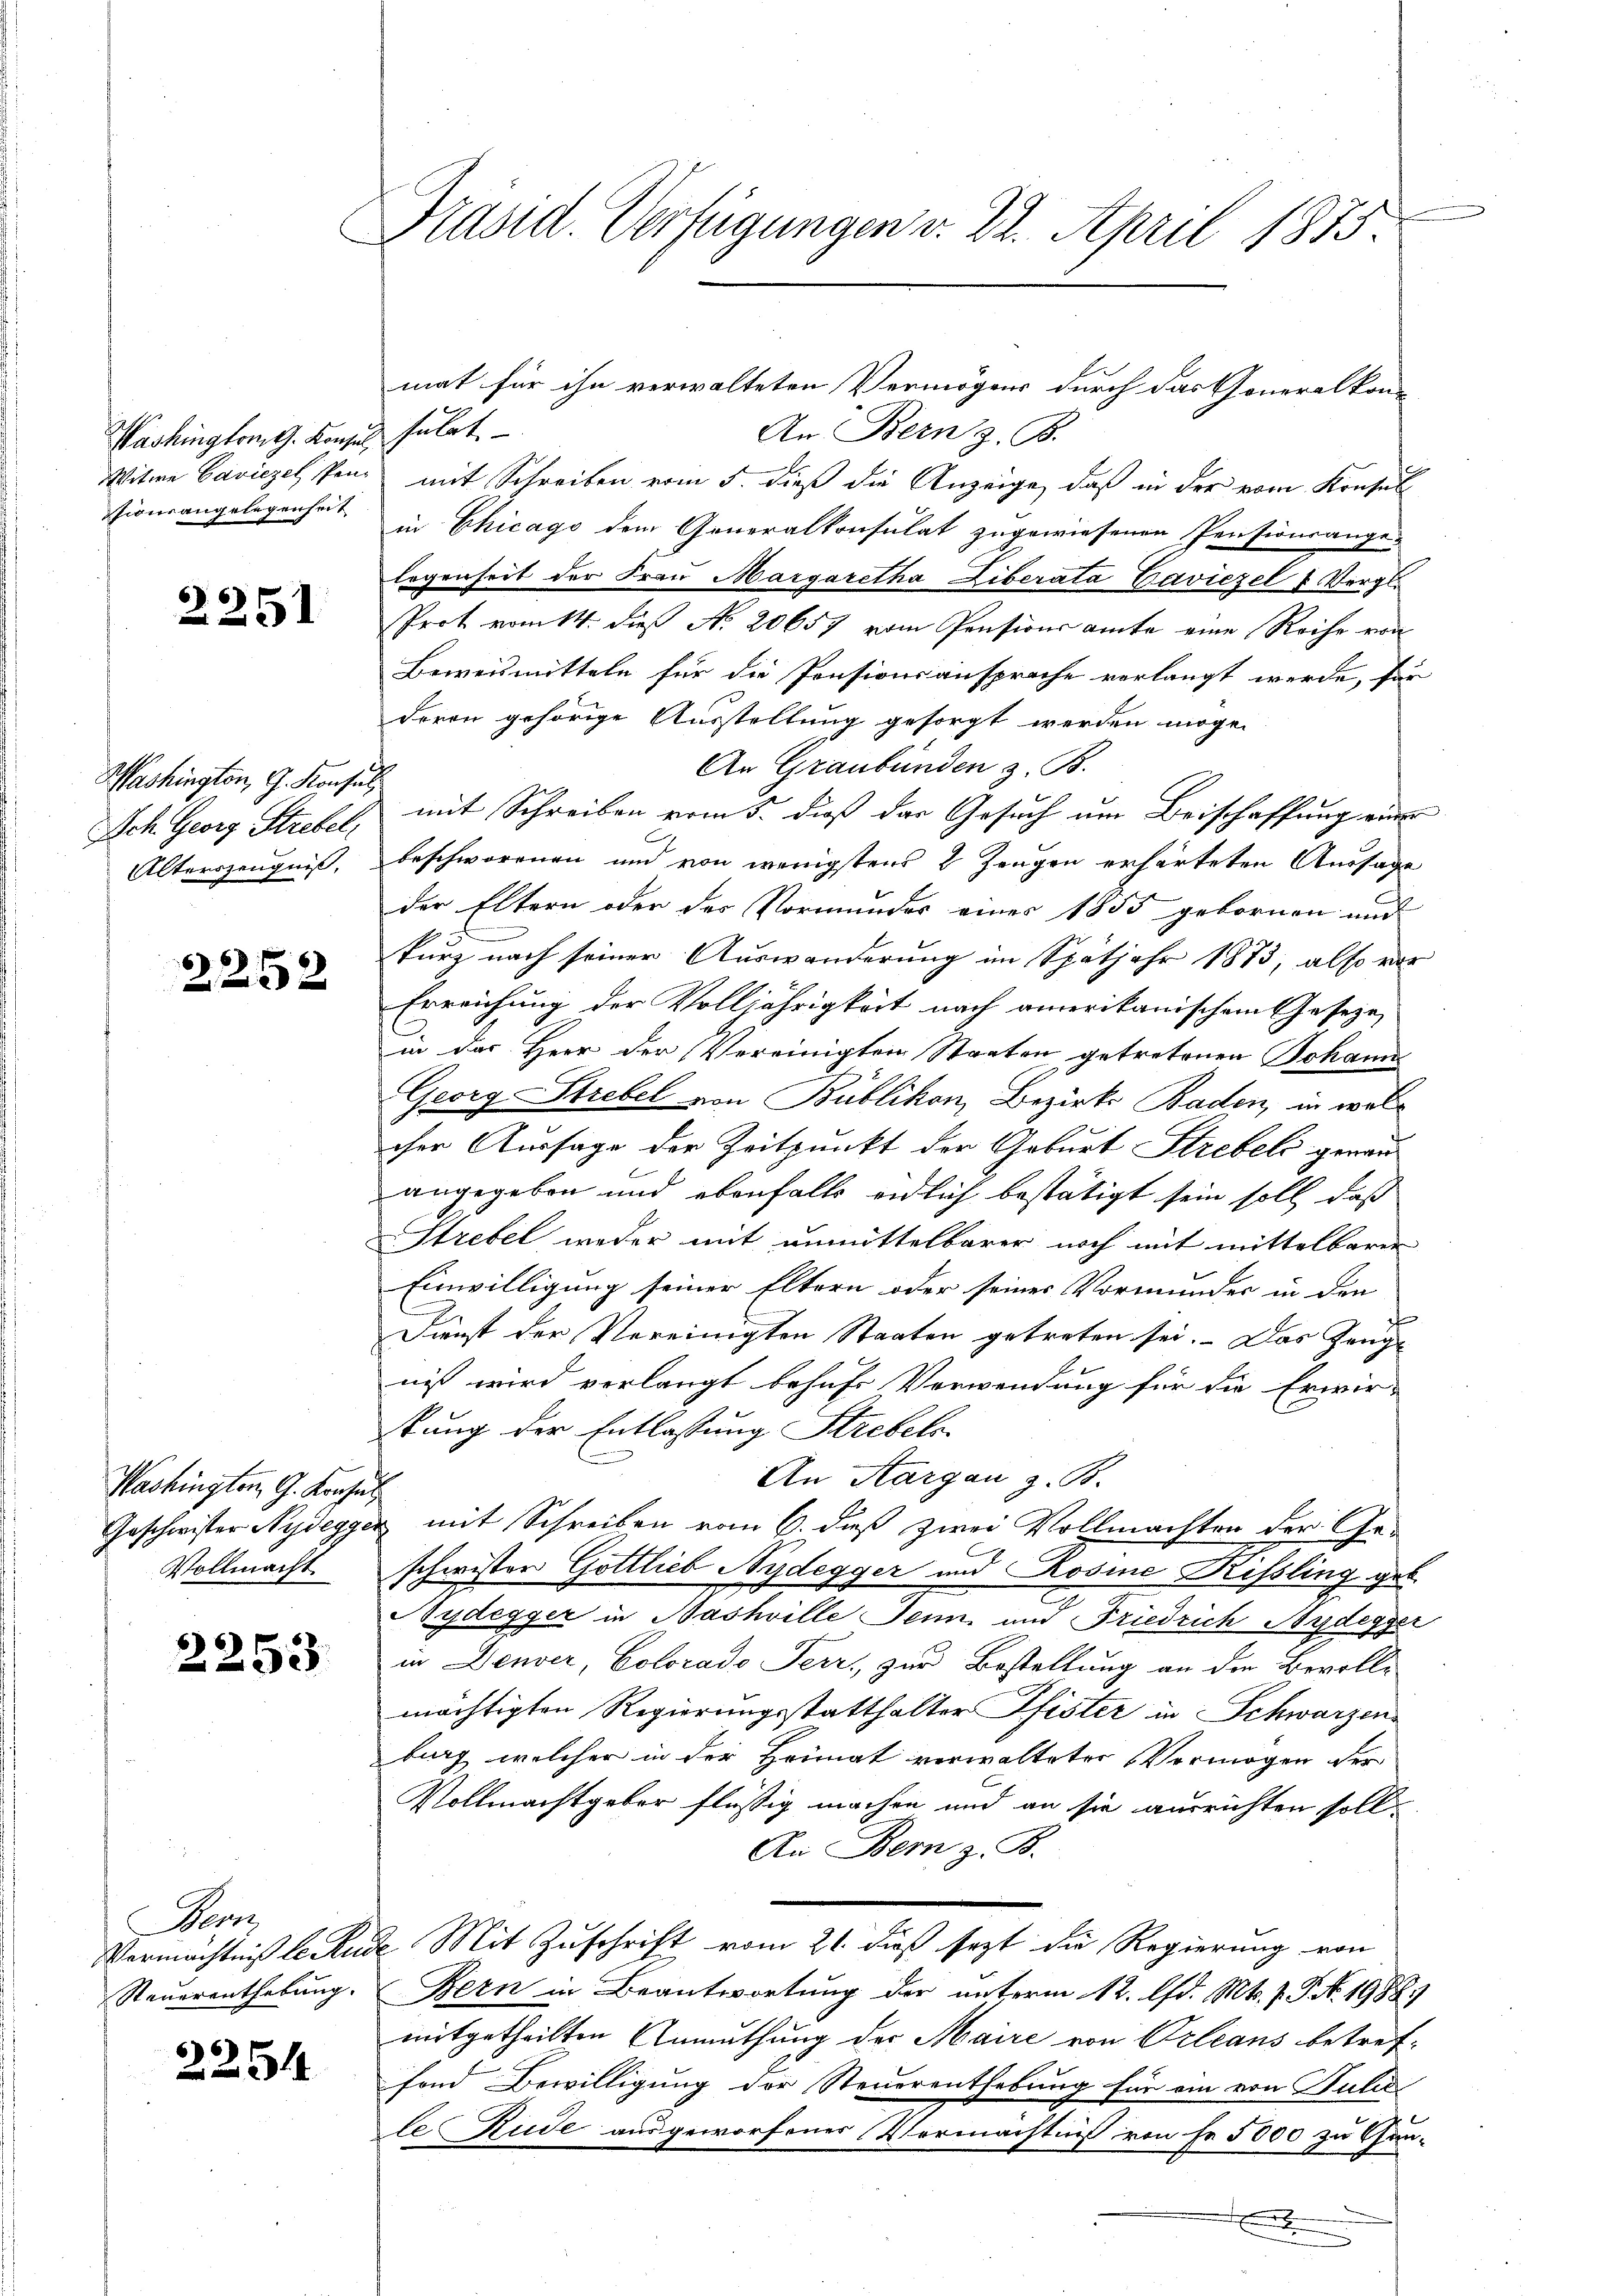
Washingtont. Konsul solet.
tionsangelegenheit

2251

Washington, G. Konsul
Alterszeugniß,

2252

Washington G. Konsul
Vollmacht.

2253

pr

2254

Präsid. Verfügungen v. 22. April 1875.

An Bern z. B.
Witwe Baviezel Penz mit Schreiben vom 5. dieß die Anzeige, daß in der vom Konsul
in Chicago dem Generalkonsulat zugewiesenen Pensionsange-
legenheit der Frau Margaretha Liberata Zaviezel u. Vergl.
Prot vom 14. dieß No. 20657 vom Pensionsamte eine Reihe von
Beweismitteln für die Pensionsansprache verlangt werde, für
deren gehörige Ausstellung gesorgt werden möge.
An Graubünden z. B.
Ich. Georg Strebel, mit Schreiben vom 5. dieß das Gesuch um Beischaffung eine
beschworenen und von wenigstens 8 Zeugen erhärteten Aussage
der Eltern oder der Vormundes einer 1855 gebornen und
kurz nach seiner Auswanderung im Spätjahr 1873, also vor
Erreichung der Volljährigkeit nach amerikanischem Geseze,
in das Herr Der Vereinigten Staaten getretenen Johann
Georg Strebel von Bublikon, Bezirks Baden, in welcher Aussage der Zeitpunkt der Geburt Strebels genauangegeben und ebenfalls eidlich bestätigt sein soll, daß
Strebel weder mit unmittelbarer noch mit mittelbaren
Einwilligung seiner Eltern oder seiner Vormunder in den
Dienst der Vereinigten Staaten getreten sei. Das Zeugniß wird verlangt behufs Verwendung für die Erwir-
stung der Entlassung Strebelo
l
An Aargau z. B.
Geschwister Nydegger mit Schreiben vom 6. daß zwei Vollmachten der Geschwister Gottlieb Nydegger und Rosine Rissling geb.
Nydegger in Nashville Jenn und Friedrich Ardegger
in Deuber, Colorado Terr, zur Bestellung an die Bevolle
mächtigten Regierungsstatthalter Pfister in Schwarzen
burg welcher in der Heimat verwalteter Vermögen der
Vollmachtgeber flüssig machen und an sie ausrichten soll.
An Bern z. B.
Vermächtniß lernde Mit Zuschrift vom 21. dieß sezt die Regierung von
Steuerenthebung. Bern in Beantwortung der unterm 12. Ad. Mts. f. P. No. 19889
mitgetheilten Anmuthung der Maire von Orleans betreffond Bewilligung der Steuerenthebung für ein von Gulde
le, Rude ausgeworfener Vermächtnis von Fr. 5000 zu Gun-

d

mat für ihn verwalteten Vermögens durch das Generalkon-